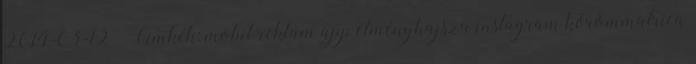
2014-03-12 – Címkék: mobil reklám app élményhajsza instagram körömmatrica